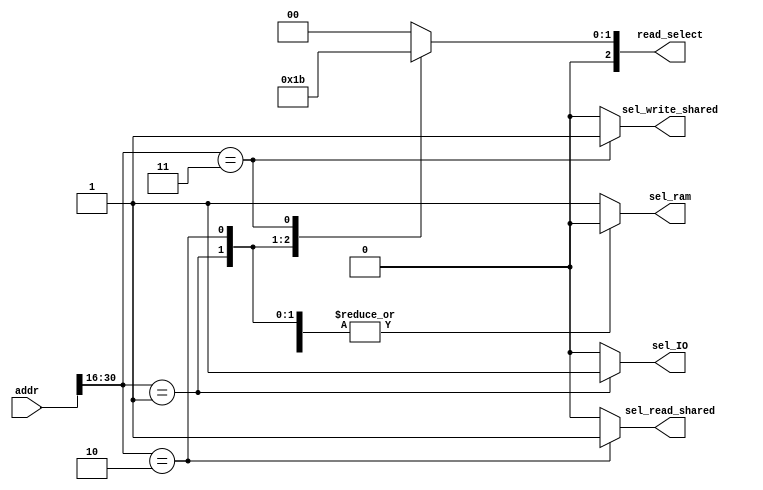
`timescale 1ns / 1ps
//////////////////////////////////////////////////////////////////////////////////
// Company: 
// Engineer: 
// 
// Design Name: 
// Module Name:    beta_addr_decode 
// Project Name: 
// Target Devices: 
// Tool versions: 
// Description: 
//
// Dependencies: 
//
// Revision: 
// Revision 0.01 - File Created
// Additional Comments: 
//
//////////////////////////////////////////////////////////////////////////////////
module beta_addr_decode(
	input wire [31:0] addr,
	output reg sel_ram = 0,
	output reg sel_IO =0,
	output reg sel_read_shared =0,
	output reg sel_write_shared =0,
	output reg [2:0] read_select =0
    );

	always@(*)
	begin
	//remove the supervisor bit dummy
	case(addr[30:16])
	
	0: begin //RAM select
		sel_ram <=1; 
		sel_IO <= 0;
		sel_read_shared <= 0;
		sel_write_shared <= 0;
		read_select <= 0;
	end
	
	1: begin //Memory mapped IO select 
		sel_ram <=0; 
		sel_IO <= 1;
		sel_read_shared <= 0;
		sel_write_shared <= 0;
		read_select <= 1;
	end
	
	2: begin //read block select
		sel_ram <=0; 
		sel_IO <= 0;
		sel_read_shared <= 1;
		sel_write_shared <= 0;
		read_select <= 2;
	end
	
	3: begin //write block select 
		sel_ram <=0; 
		sel_IO <= 0;
		sel_read_shared <= 0;
		sel_write_shared <= 1;
		read_select <= 3;
	end
	
	default : begin //this should never happen
		sel_ram <=1; //read from main mem? I could trigger error IRQ
		sel_IO <= 0;
		sel_read_shared <= 0;
		sel_write_shared <= 0;
		read_select <= 0;
	end 
	endcase
	
	end
endmodule